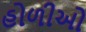
હોળીઓ